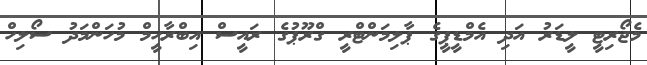
މެޖޯރިޓީ ލީޑަރު އަދި އެމްޑީޕީގެ ޕާލިމަންޓްރީ ގްރޫޕުގެ ރައީސް އިބްރާހީމް މުހަންމަދު ސޯލިހް